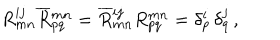
R _ { m n } ^ { i j } \overline { { { R } } } { } _ { p q } ^ { m n } = \overline { { { R } } } { } _ { m n } ^ { i j } R _ { p q } ^ { m n } = \delta _ { p } ^ { i } \, \delta _ { q } ^ { j } \, ,